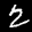
Label: 2